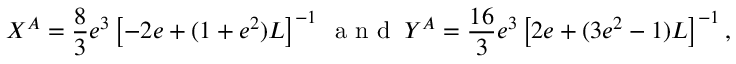
X ^ { A } = \frac { 8 } { 3 } e ^ { 3 } \left[ - 2 e + ( 1 + e ^ { 2 } ) L \right] ^ { - 1 } \: \mathrm { ~ a ~ n ~ d ~ } \: Y ^ { A } = \frac { 1 6 } { 3 } e ^ { 3 } \left[ 2 e + ( 3 e ^ { 2 } - 1 ) L \right] ^ { - 1 } ,